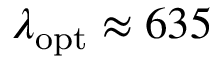
\lambda _ { \mathrm { o p t } } \approx 6 3 5